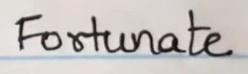
Fortunate